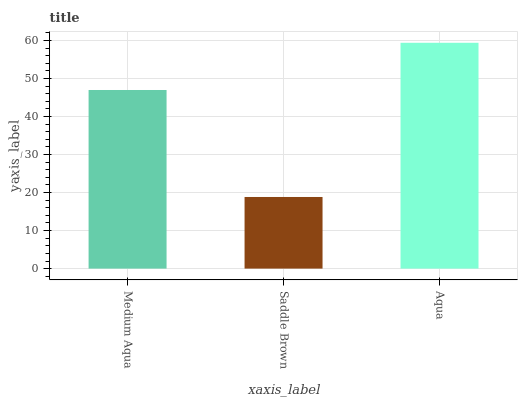
| xaxis_label | bars |
 | --- | --- |
 | Medium Aqua | 47 |
 | Saddle Brown | 18.8 |
 | Aqua | 59.4 |